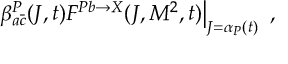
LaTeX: \left. \beta _ { a \bar { c } } ^ { P } ( J , t ) F ^ { P b \to X } ( J , M ^ { 2 } , t ) \right| _ { J = \alpha _ { P } ( t ) } ~ ,